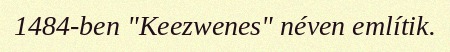
1484-ben "Keezwenes" néven említik.